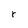
Character: r